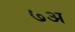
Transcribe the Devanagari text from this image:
७अ